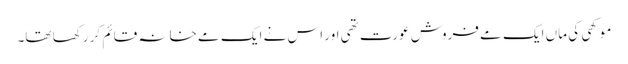
موکھی کی ماں ایک مے فروش عورت تھی اور اس نے ایک مے خانہ قائم کر رکھا تھا۔